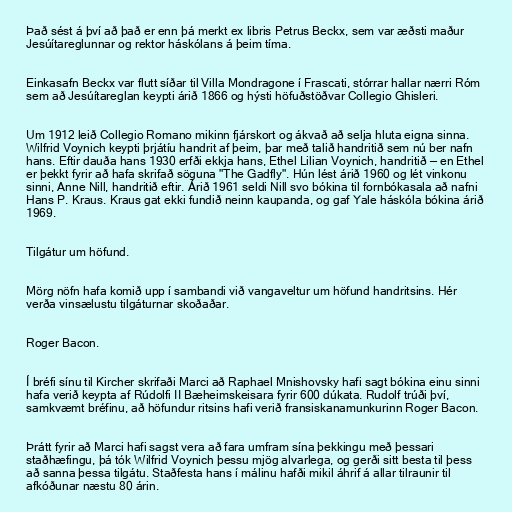
Það sést á því að það er enn þá merkt ex libris Petrus Beckx, sem var æðsti maður
Jesúítareglunnar og rektor háskólans á þeim tíma.

Einkasafn Beckx var flutt síðar til Villa Mondragone í Frascati, stórrar hallar nærri Róm
sem að Jesúítareglan keypti árið 1866 og hýsti höfuðstöðvar Collegio Ghisleri.

Um 1912 leið Collegio Romano mikinn fjárskort og ákvað að selja hluta eigna sinna.
Wilfrid Voynich keypti þrjátíu handrit af þeim, þar með talið handritið sem nú ber nafn
hans. Eftir dauða hans 1930 erfði ekkja hans, Ethel Lilian Voynich, handritið — en Ethel
er þekkt fyrir að hafa skrifað söguna "The Gadfly". Hún lést árið 1960 og lét vinkonu
sinni, Anne Nill, handritið eftir. Árið 1961 seldi Nill svo bókina til fornbókasala að nafni
Hans P. Kraus. Kraus gat ekki fundið neinn kaupanda, og gaf Yale háskóla bókina árið
1969.

Tilgátur um höfund.

Mörg nöfn hafa komið upp í sambandi við vangaveltur um höfund handritsins. Hér
verða vinsælustu tilgáturnar skoðaðar.

Roger Bacon.

Í bréfi sínu til Kircher skrifaði Marci að Raphael Mnishovsky hafi sagt bókina einu sinni
hafa verið keypta af Rúdolfi II Bæheimskeisara fyrir 600 dúkata. Rudolf trúði því,
samkvæmt bréfinu, að höfundur ritsins hafi verið fransiskanamunkurinn Roger Bacon.

Þrátt fyrir að Marci hafi sagst vera að fara umfram sína þekkingu með þessari
staðhæfingu, þá tók Wilfrid Voynich þessu mjög alvarlega, og gerði sitt besta til þess
að sanna þessa tilgátu. Staðfesta hans í málinu hafði mikil áhrif á allar tilraunir til
afkóðunar næstu 80 árin.